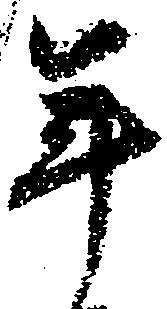
年